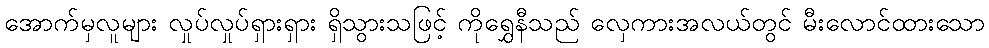
အောက်မှလူများ လှုပ်လှုပ်ရှားရှား ရှိသွားသဖြင့် ကိုရွှေနီသည် လှေကားအလယ်တွင် မီးလောင်ထားသော